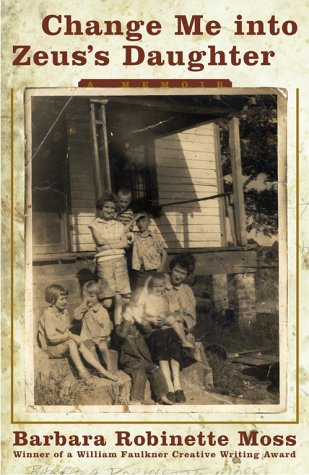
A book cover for Change Me into Zeus's Daughter; Barbara Robinette Moss; Health, Fitness & Dieting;